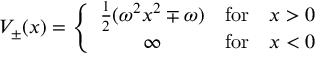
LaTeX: V _ { \pm } ( x ) = \left\{ \begin{array} { c l l } { { { \frac { 1 } { 2 } } ( \omega ^ { 2 } x ^ { 2 } \mp \omega ) } } & { { \mathrm { f o r } } } & { { x > 0 } } \\ { { \infty } } & { { \mathrm { f o r } } } & { { x < 0 } } \end{array} \right.